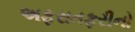
અફરાતફરીનો